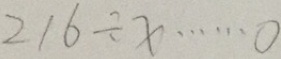
2 1 6 \div x \cdots 0